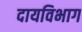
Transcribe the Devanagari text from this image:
दायविभाग